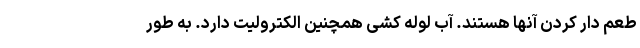
طعم دار کردن آنها هستند. آب لوله کشی همچنین الکترولیت دارد. به طور